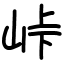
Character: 峠